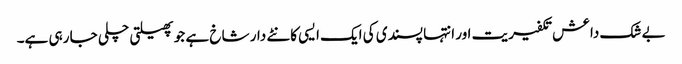
بے شک داعش تکفیریت اور انتہا پسندی کی ایک ایسی کانٹے دار شاخ ہے جو پھیلتی چلی جا رہی ہے۔